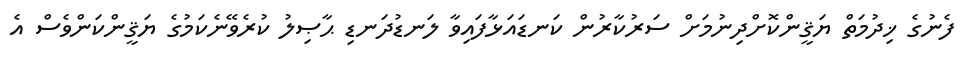
ފެނުގެ ޚިދުމަތް ޔަޤީންކޮށްދިނުމަށް ސަރުކާރުން ކަނޑައަޅާފައިވާ ލަނޑުދަނޑި ޙާޞިލު ކުރެވޭނެކަމުގެ ޔަޤީންކަންވެސް އެ